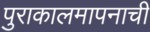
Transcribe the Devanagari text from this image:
पुराकालमापनाची